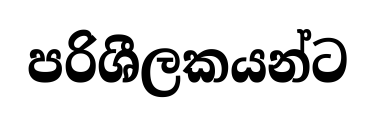
පරිශීලකයන්ට